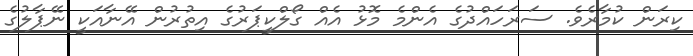
ކިރަން ކުމާރެވެ. ސަރަހައްދުގެ އެންމެ މޮޅު އެއް ގޯލްކީޕަރުގެ އިތުރުން އޭނާއަކީ ނޭޕާލުގެ